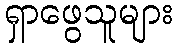
ရှာဖွေသူများ